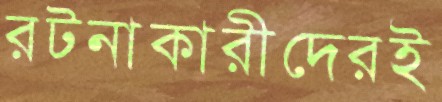
রটনাকারীদেরই